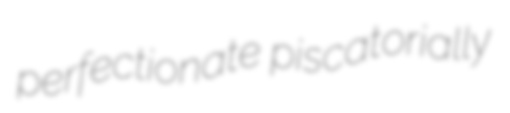
perfectionate piscatorially